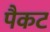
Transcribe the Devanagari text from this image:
पैकट